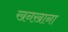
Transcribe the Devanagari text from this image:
खनख़ाना